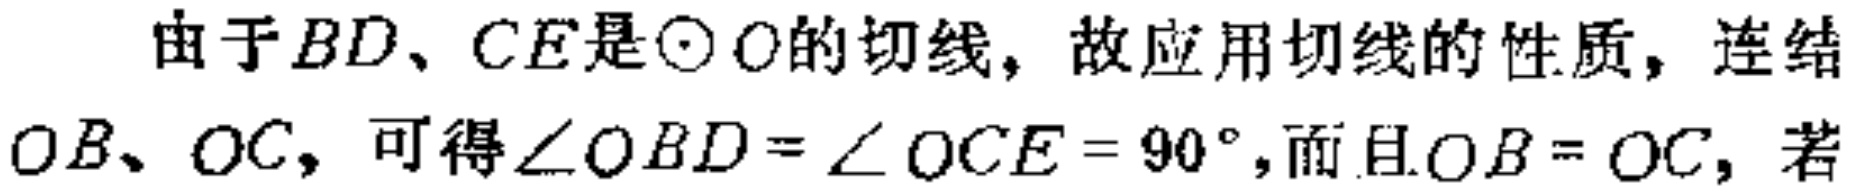
由于$BD、CE$是$\odot O$的切线，故应用切线的性质，连结$OB、OC$，可得$\angle OBD = \angle OCE = 90^{\circ}$，而且$OB = OC$，若